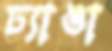
ঢ্যাঙা